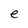
Character: e